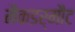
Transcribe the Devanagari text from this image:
मैकडर्मौट